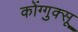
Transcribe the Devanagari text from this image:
कोंग्गुक्सू